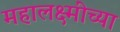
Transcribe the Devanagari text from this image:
महालक्ष्मींच्या